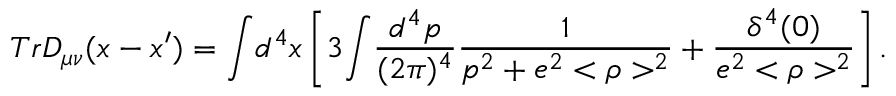
T r D _ { \mu \nu } ( x - x ^ { \prime } ) = { \int } d ^ { 4 } x \left[ 3 { \int } \frac { d ^ { 4 } p } { ( 2 \pi ) ^ { 4 } } \frac { 1 } { p ^ { 2 } + e ^ { 2 } < \rho > ^ { 2 } } + \frac { \delta ^ { 4 } ( 0 ) } { e ^ { 2 } < \rho > ^ { 2 } } \right] .